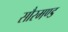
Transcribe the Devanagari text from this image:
सौरमण्ड